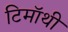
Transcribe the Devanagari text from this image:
टिमॉथी